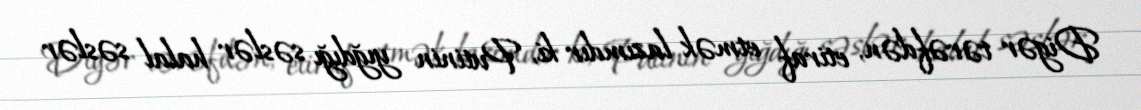
Digər tərəfdən, etiraf etmək lazımdır ki, Putinin yığdığı səslər halal səslər